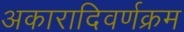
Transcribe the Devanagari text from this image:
अकारादिवर्णक्रम